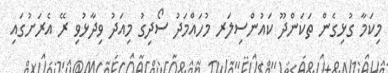
މިކަމާ ގުޅިގެން ތަކަންދޫ ކައުންސިލަރ މުހައްމަދު ސޯދިގު މިއަދު ވިދާޅުވި ރޭ އެރަށުގައި